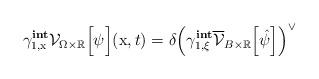
LaTeX: \begin{align*}\gamma^{\textbf{int}}_{1,\mathrm{x}}\mathcal{V}_{\Omega \times\mathbb{R}}\Big[\psi\Big](\mathrm{x},t) = \delta \Big(\gamma^{\textbf{int}}_{1,\xi}\overline{\mathcal{V}}_{B\times\mathbb{R}}\Big[\hat{\psi}\Big]\Big)^\vee\end{align*}